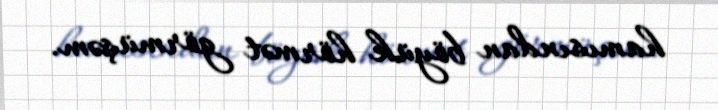
hamısından böyük hörmət görmüşəm.